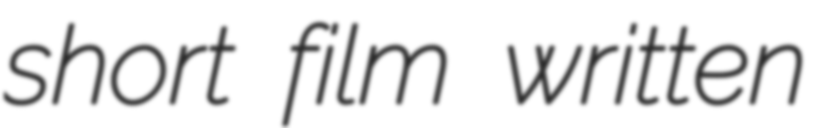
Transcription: short film written